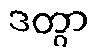
ဒတွာ